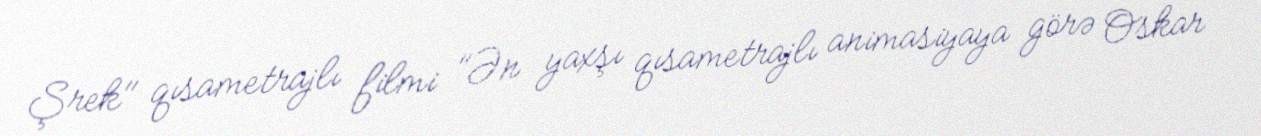
Şrek" qısametrajlı filmi "Ən yaxşı qısametrajlı animasiyaya görə Oskar